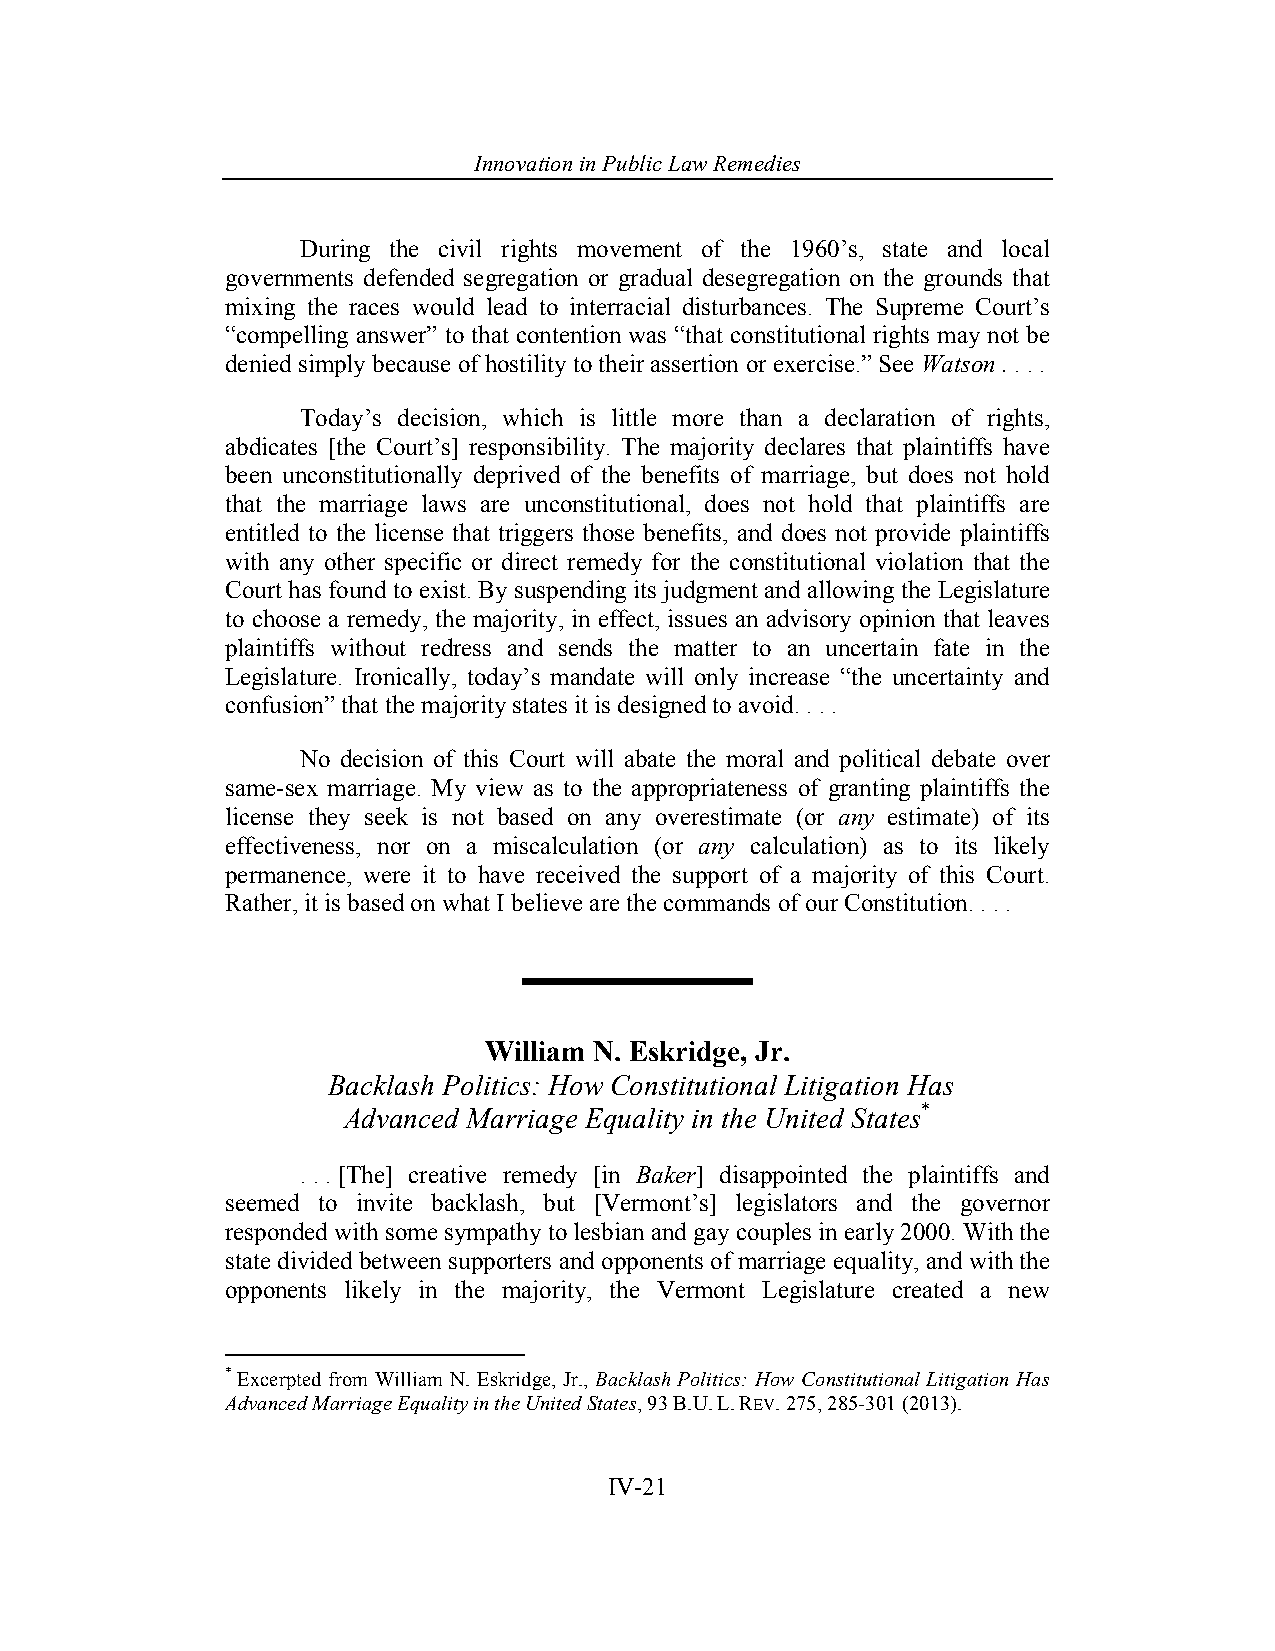
Innovation in Pub lic Law Remedies
 During the civil rights movement of the 1960’s, state and local
 governments defended segregation or gradual desegregation on the grounds that
 mixing the races would lead to interracial disturbances. The Supreme Court’s
 “compelling answer” to that contention was “that constitutional rights may not be
 denied simply because of hostility to their assertion or exercise.” See Watson . . . .
 Today’s decision, which is little more than a declaration of rights,
 abdicates [the Court’s] responsibility. The majority declares that plaintiffs have
 been unconstitutionally deprived of the benefits of marriage, but does not hold
 that the marriage laws are unconstitutional, does not hold that plaintiffs are
 entitled to the license that triggers those benefits, and does not provide plaintiffs
 with any other specific or direct remedy for the constitutional violation that the
 Court has found to exist. By suspending its judgment and allowing the Legislature
 to choose a remedy, the majority, in effect, issues an advisory opinion that leaves
 plaintiffs without redress and sends the matter to an uncertain fate in the
 Legislature. Ironically, today’s mandate will only increase “the uncertainty and
 confusion” that the majority states it is designed to avoid. . . .
 No decision of this Court will abate the moral and political debate over
 same-sex marriage. My view as to the appropriateness of granting plaintiffs the
 license they seek is not based on any overestimate (or any estimate) of its
 effectiveness, nor on a miscalculation (or any calculation) as to its likely
 permanence, were it to have received the support of a majority of this Court.
 Rather, it is based on what I believe are the commands of our Constitution. . . .
 William N. Eskridge, Jr.
 Backlash Politics: How Constitutional Litigation Has
 Advanced Marriage Equality in the United States*
 . . . [The] creative remedy [in Baker] disappointed the plaintiffs and
 seemed to invite backlash, but [Vermont’s] legislators and the governor
 responded with some sympathy to lesbian and gay couples in early 2000. With the
 state divided between supporters and opponents of marriage equality, and with the
 opponents likely in the majority, the Vermont Legislature created a new
 * Excerpted from William N. Eskridge, Jr., Backlash Politics: How Constitutional Litigation Has
 Advanced Marriage Equality in the United States, 93 B.U. L. REV. 275, 285-301 (2013).
 IV-21